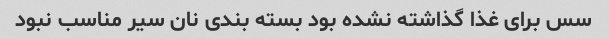
سس برای غذا گذاشته نشده بود بسته بندی نان سیر مناسب نبود